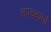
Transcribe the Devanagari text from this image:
तपचश्चर्या